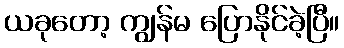
ယခုတော့ ကျွန်မ ပြောနိုင်ခဲ့ပြီ။